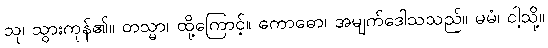
သု၊ သွားကုန်၏။ တသ္မာ၊ ထို့ကြောင့်။ ကောဓော၊ အမျက်ဒေါသသည်။ မမံ၊ ငါ့သို့။